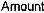
AMOUNT